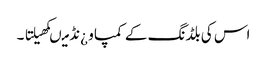
اس کی بلڈنگ کے کمپاو ¿نڈ میںکھیلتا ۔